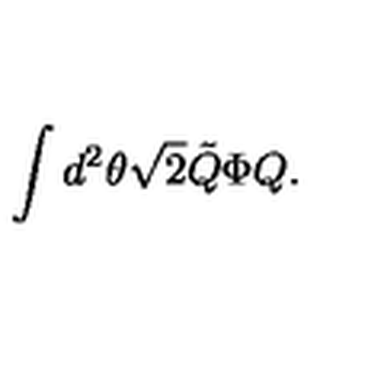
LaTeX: \int d ^ { 2 } \theta \sqrt { 2 } \tilde { Q } \Phi Q .